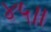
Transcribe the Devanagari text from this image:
४५।।